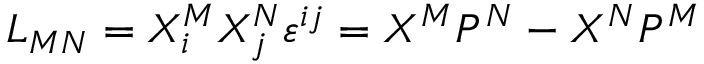
L _ { M N } = X _ { i } ^ { M } X _ { j } ^ { N } \varepsilon ^ { i j } = X ^ { M } P ^ { N } - X ^ { N } P ^ { M }